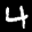
Label: 4